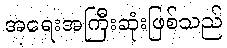
အရေးအကြီးဆုံးဖြစ်သည်